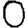
Digit: 0